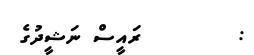
:        ރައީސް ނަޝީދުގެ